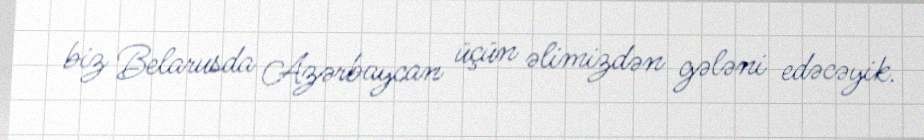
biz Belarusda Azərbaycan üçün əlimizdən gələni edəcəyik.